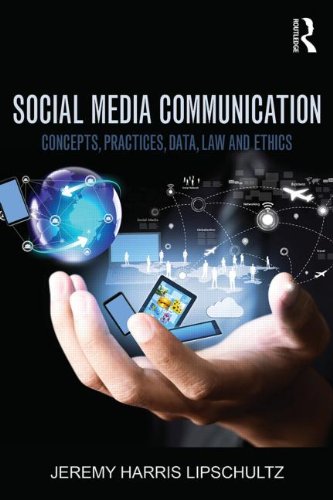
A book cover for Social Media Communication: Concepts, Practices, Data, Law and Ethics; Jeremy Harris Lipschultz; Computers & Technology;